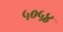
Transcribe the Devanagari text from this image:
५०५४